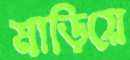
মাড়িয়ে